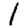
Digit: 1